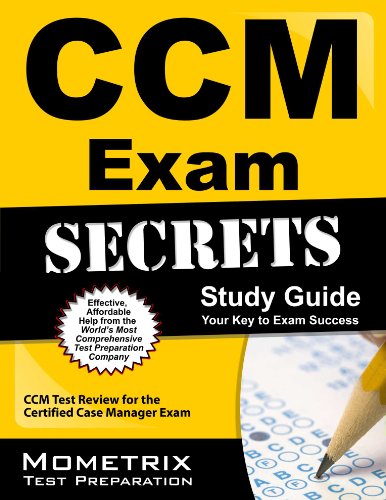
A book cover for CCM Exam Secrets Study Guide: CCM Test Review for the Certified Case Manager Exam; CCM Exam Secrets Test Prep Team; Test Preparation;